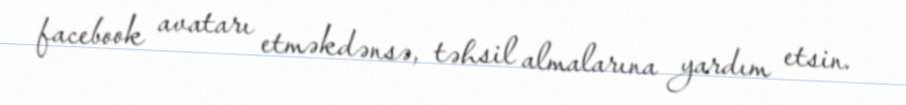
facebook avatarı etməkdənsə, təhsil almalarına yardım etsin.